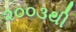
૨૦૦૩થી